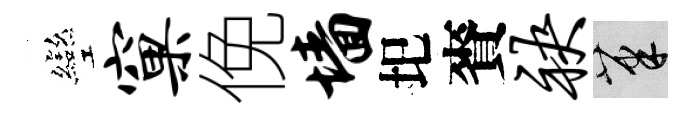
彎窠俛墙圯賚袂筆